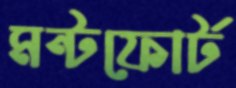
মন্টফোর্ট